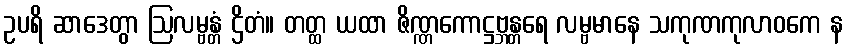
ဥပရိ ဆာဒေတွာ ဩလမ္ဗန္တံ ဌိတံ။ တတ္ထ ယထာ ဇိဏ္ဏကောဋ္ဌဗ္ဘန္တရေ လမ္ဗမာနေ သကုဏကုလာဝကေ န